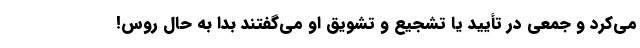
می‌کرد و جمعی در تأیید یا تشجیع و تشویق او می‌گفتند بدا به حال روس!